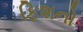
ફિશનો